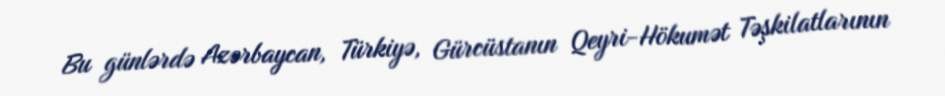
Bu günlərdə Azərbaycan, Türkiyə, Gürcüstanın Qeyri-Hökumət Təşkilatlarının